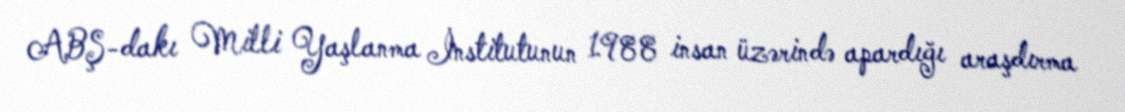
ABŞ-dakı Milli Yaşlanma İnstitutunun 1988 insan üzərində apardığı araşdırma